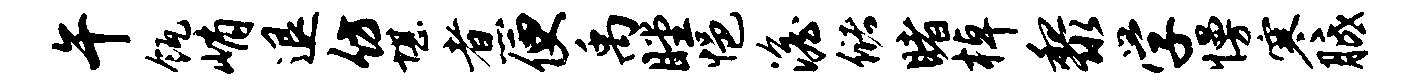
午瓴峭退仿堪煮便禹瞠悒澹储睹棹黎学慢寒胝